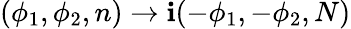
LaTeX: (\phi_{1},\phi_{2},n)\rightarrow\mathbf{i}(-\phi_{1},-\phi_{2},N)